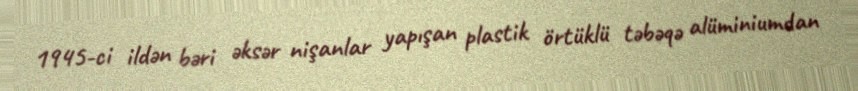
1945-ci ildən bəri əksər nişanlar yapışan plastik örtüklü təbəqə alüminiumdan